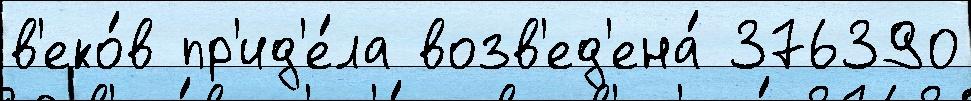
в'еко́в пр'ид'е́ла возв'ед'ена́ 376390